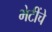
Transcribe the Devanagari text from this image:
भेटींचे